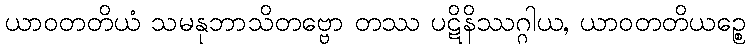
ယာဝတတိယံ သမနုဘာသိတဗ္ဗော တဿ ပဋိနိဿဂ္ဂါယ, ယာဝတတိယဉ္စေ